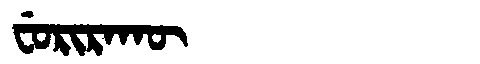
Manchu: ᠸᡠᡵᡳᡵᠠᡴᡡ
Romanization: FURIRAKŪ